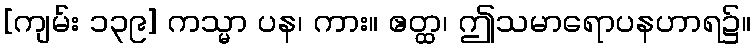
[ကျမ်း ၁၃၉] ကသ္မာ ပန၊ ကား။ ဧတ္ထ၊ ဤသမာရောပနဟာရ၌။